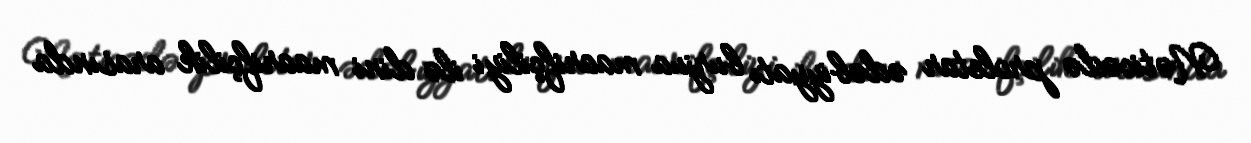
Nəticədə proletar ədəbiyyatı burjua maarifçiliyi ilə dini maarifçilik arasında